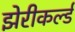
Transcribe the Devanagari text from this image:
झेरीकर्ल्ड